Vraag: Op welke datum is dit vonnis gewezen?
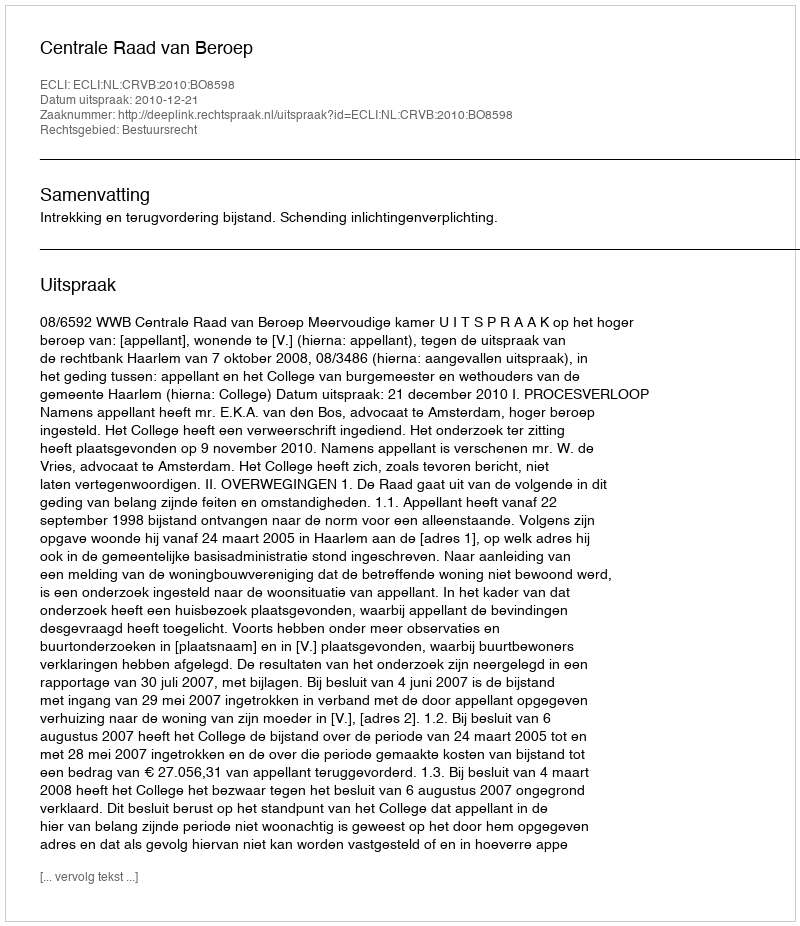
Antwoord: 2010-12-21